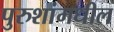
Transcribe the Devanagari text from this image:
पुरुशांमधील